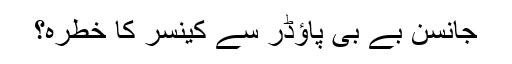
جانسن بے بی پاؤڈر سے کینسر کا خطرہ؟